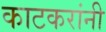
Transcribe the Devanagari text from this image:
काटकरांनी